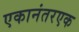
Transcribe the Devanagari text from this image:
एकानंतरएक